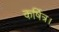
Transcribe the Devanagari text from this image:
कर्षित्र।